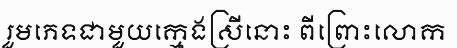
រួមភេទជាមួយក្មេងស្រីនោះ ពីព្រោះលោក